Scottish Leaving Certificate Examination, 1961
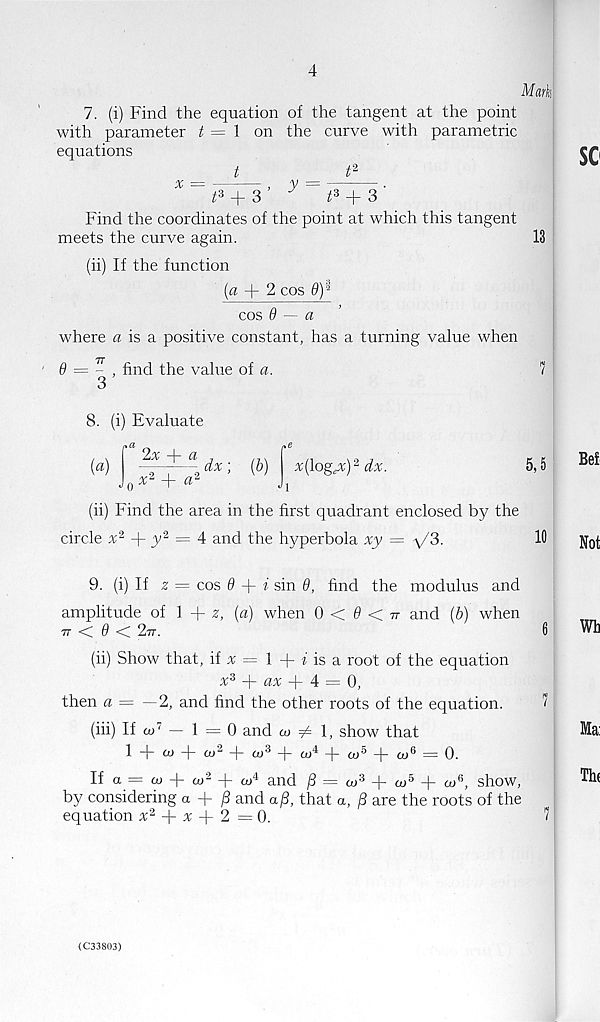
4
Mark
7. (i) Find the equation of the tangent at the point
with parameter t = 1 on the curve with parametric
equations
t
t 2
t 3 + 3’ y
t 3 + 3'
Find the coordinates of the point at which this tangent
meets the curve again.
(ii) If the function
(a + 2 cos d)$
cos 9 — a
where a is a positive constant, has a turning value when
7T
9 = - , find the value of a.
3
13
8. (i) Evaluate
(a)
2x
x 2 + a 2 ■dx- (b)
^(log^) 2 dx.
5,5
(ii) Find the area in the first quadrant enclosed by the
circle
-|- y 2 = 4 and the hyperbola xy = ^/3.
10
9. (i) If z — cos 9 -\- i sin 9, find the modulus and
amplitude of 1 + £, (a) when 0 < 0 < 77 and (&) when
77- < 0 < 2t7.
6
(ii) Show that, if % = 1 + i is a root of the equation
:r 3 +
+ 4 = 0,
then a = —2, and find the other roots of the equation.
?
(iii) If w' — 1 = 0 and co ^ 1, show that
1 + ^ d - v) 2 -|- o» 3 -)- co 4 -|- to 5 -)- w 6 = 0.
If a = <x> + to 2 + a) 4 and j3 = w 3
oj 5
a> 6 , show,
by considering a + /3 and aft, that a, are the roots of the
equation % 2 -(- % -p 2 = 0.
7
<C33803)